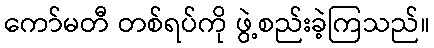
ကော်မတီ တစ်ရပ်ကို ဖွဲ့စည်းခဲ့ကြသည်။